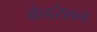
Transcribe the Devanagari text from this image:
कंडरेशन